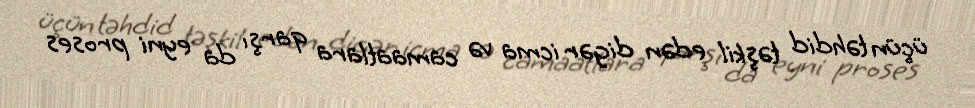
üçün təhdid təşkil edən digər icma və camaatlara qarşı da eyni proses